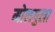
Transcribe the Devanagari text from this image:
मोलगुला